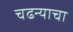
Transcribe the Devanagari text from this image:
चढन्याचा